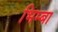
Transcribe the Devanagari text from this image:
भिम्बा